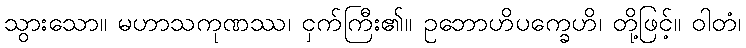
သွားသော။ မဟာသကုဏဿ၊ ငှက်ကြီး၏။ ဥဘောဟိပက္ခေဟိ၊ တို့ဖြင့်။ ဝါတံ၊